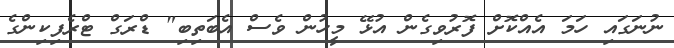
ނުނަގައި ހަމަ އެއްކޮށް ފޮރުވިގެން އުޅޭ މީހުން ވެސް އެބަތިބި" ޑްރަގް ޓްރެފިކިންގެ